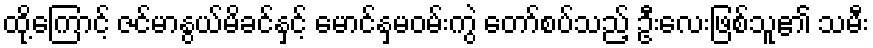
ထို့ကြောင့် ဇင်မာနွယ်မိခင်နှင့် မောင်နှမဝမ်းကွဲ တော်စပ်သည့် ဦးလေးဖြစ်သူ၏ သမီး